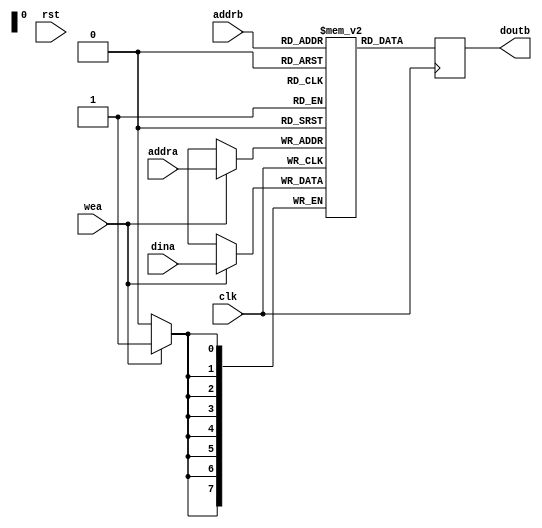
module tcam_sdpram #(
	parameter ADDR_WIDTH = 8,
	parameter DATA_WIDTH = 8,
	parameter RAM_STYLE = "block"
)
(
	input wire clk,
	input wire rst,
	input wire [DATA_WIDTH-1:0]dina,
	input wire [ADDR_WIDTH-1:0]addra,
	input wire [ADDR_WIDTH-1:0]addrb,
	input wire wea,
	output wire [DATA_WIDTH-1:0]doutb
);

(* ram_style = RAM_STYLE *)
reg [DATA_WIDTH-1:0]ram[2**ADDR_WIDTH-1:0];
reg [ADDR_WIDTH-1:0]readb;
integer i;

assign doutb = readb;

initial begin
	for (i = 0; i < 2**ADDR_WIDTH; i = i + 1) begin
		ram[i] = 0;
	end
end

always @(posedge clk) begin
	if (wea) begin
		ram[addra] <= dina;
	end
	readb <= ram[addrb];
end

endmodule